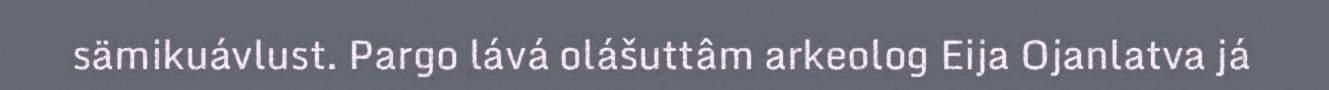
sämikuávlust. Pargo lává olášuttâm arkeolog Eija Ojanlatva já